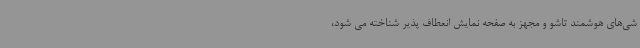
شی‌های هوشمند تاشو و مجهز به صفحه نمایش انعطاف پذیر شناخته می شود،